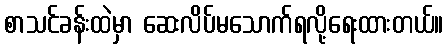
စာသင်ခန်းထဲမှာ ဆေးလိပ်မသောက်ရလို့ရေးထားတယ်။